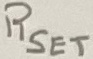
Text: RSET